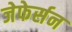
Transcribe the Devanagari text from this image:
जेफेर्सन